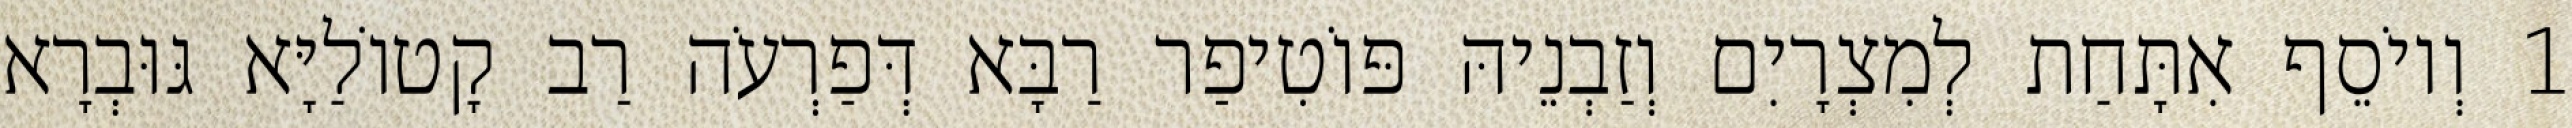
1 וְיוֹסֵף אִתָּחַת לְמִצְרָיִם וְזַבְנֵיהּ פּוֹטִיפַר רַבָּא דְּפַרְעֹה רַב קָטוֹלַיָּא גּוּבְרָא